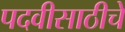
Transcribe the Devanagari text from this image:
पदवीसाठीचे